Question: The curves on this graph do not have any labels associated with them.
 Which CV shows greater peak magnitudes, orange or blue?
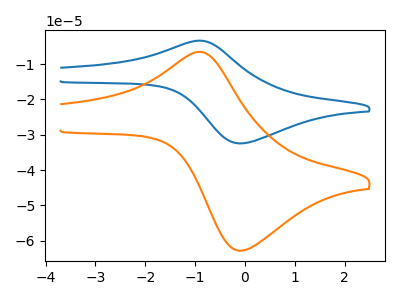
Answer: <think>The blue curve "blue" has an anodic peak at (-0.95V, -3.40uA) and a cathodic peak at (-0.05V, -32.45uA). The orange curve "orange" has an anodic peak at (-0.95V, -6.55uA) and a cathodic peak at (-0.05V, -62.80uA).</think>
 <answer>The peaks in "orange" are neither all higher or all lower than the peaks in "blue".</answer>
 <eval>mixed</eval>